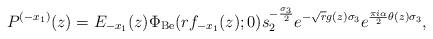
LaTeX: \begin{align*}P^{(-x_{1})}(z) = E_{-x_{1}}(z)\Phi_{\mathrm{Be}}(rf_{-x_{1}}(z);0)s_{2}^{-\frac{\sigma_{3}}{2}}e^{-\sqrt{r}g(z)\sigma_{3}}e^{\frac{\pi i \alpha}{2}\theta(z)\sigma_{3}},\end{align*}